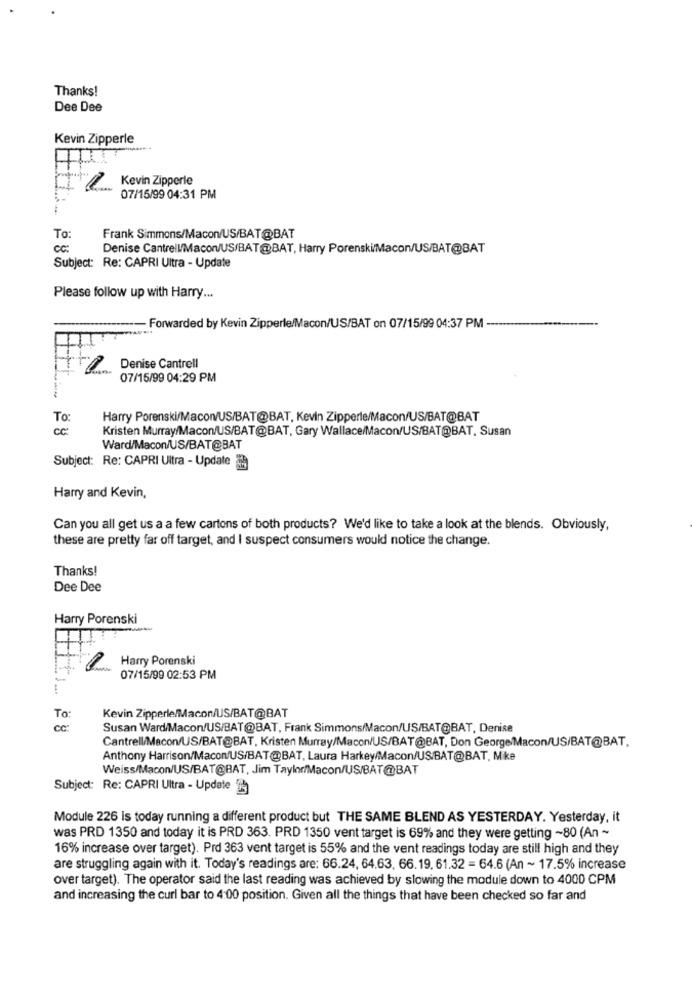
Thanks!
Dee Dee
Kevin Zipperle
H
Kevin Zipperle
07/15/99 04:31 PM
To
Frank Simmons/Macon/US/BAT@BAT
Denise Cantrell/Macon/US/BAT@BAT, Harry Porenski/Macon/US/BAT@BAT
Subject: Re: CAPRI Ultra - Update
Please follow up with Harry ...
- Forwarded by Kevin Zipperle/Macon/US/BAT on 07/15/99 04:37 PM --
Denise Cantrell
07/15/99 04:29 PM
To:
Harry Porenski/Macon/US/BAT@BAT, Kevin Zipperle/Macon/US/BAT@BAT
CC
Kristen Murray/Macon/US/BAT@BAT, Gary Wallace/Macon/US/BAT@BAT, Susan
Ward/Macon/US/BAT@BAT
Subject: Re: CAPRI Ultra - Update
Harry and Kevin,
Can you all get us a a few cartons of both products? We'd like to take a look at the blends. Obviously,
these are pretty far off target, and I suspect consumers would notice the change.
Thanks!
Dee Dee
Harry Porenski
Harry Porenski
07/15/99 02:53 PM
To:
Kevin Zipperle/Macon/US/BAT@BAT
Susan Ward/Macon/US/BAT@BAT, Frank Simmons/Macon/US/BAT@BAT, Denise
Cantrell/Macon/US/BAT@BAT, Kristen Murray/Macon/US/BAT@BAT, Don George/Macon/US/BAT@BAT.
Anthony Harrison/Macon/US/BAT@BAT, Laura Harkey/Macon/US/BAT@BAT, Mike
Weiss/Macon/US/BAT@BAT, Jim Taylor/Macon/US/BAT@BAT
Subject: Re: CAPRI Ultra - Update
Module 226 is today running a different product but THE SAME BLEND AS YESTERDAY. Yesterday, it
was PRD 1350 and today it is PRD 363. PRD 1350 vent target is 69% and they were getting ~80 (An ~
16% increase over target). Prd 363 vent target is 55% and the vent readings today are still high and they
are struggling again with it. Today's readings are: 66.24, 64.63. 66.19. 61.32 = 64.6 (An ~ 17.5% increase
over target). The operator said the last reading was achieved by slowing the module down to 4000 CPM
and increasing the curl bar to 4:00 position. Given all the things that have been checked so far and